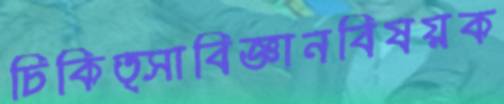
চিকিত্সাবিজ্ঞানবিষয়ক